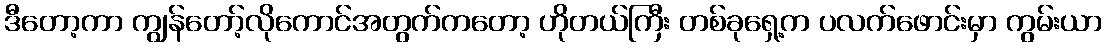
ဒီတော့ကာ ကျွန်တော့်လိုကောင်အတွက်ကတော့ ဟိုတယ်ကြီး တစ်ခုရှေ့က ပလက်ဖောင်းမှာ ကွမ်းယာ